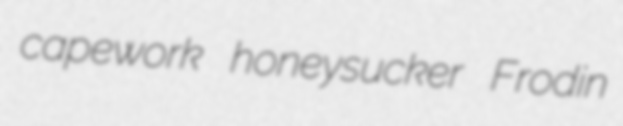
capework honeysucker Frodin